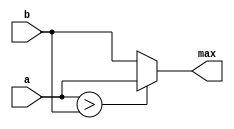
module func(
    max,a,b
);

parameter delay =10;
input a,b;
output max;
reg max;

always @(a or b) begin
    max = maxValue(a,b);
end

function maxValue;
    // output max;
    input A,B;
    begin
        maxValue = (A > B)? A : B;
    end
endfunction

    
// task max;
//     output max;
//     input A,B;
//     begin
//         max = (A > B)? A : B;
//     end
// endtask

endmodule